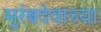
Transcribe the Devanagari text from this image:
मुरंबदेवाच्या